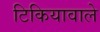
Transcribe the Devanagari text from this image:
टिकियावाले